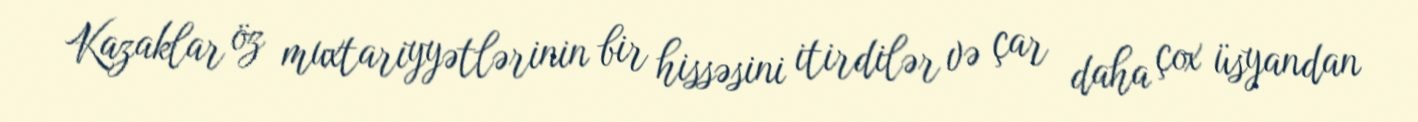
Kazaklar öz muxtariyyətlərinin bir hissəsini itirdilər və çar daha çox üsyandan